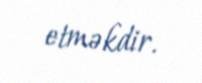
etməkdir.